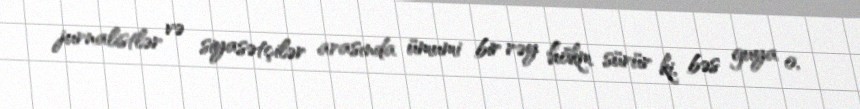
jurnalistlər və siyasətçilər arasında ümumi bir rəy hökm sürür ki, bəs guya o,